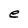
Character: e